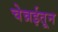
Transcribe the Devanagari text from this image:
चेन्नईतून